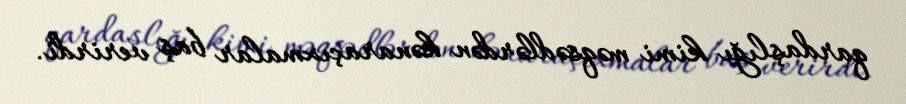
qardaşlığı kimi məqsədlərdən kənaraçıxmalar baş verirdi.